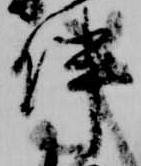
伴